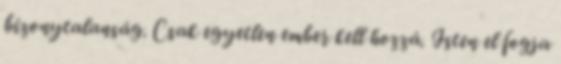
bizonytalanság. Csak egyetlen ember kell hozzá. Isten el fogja